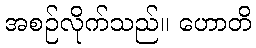
အစဉ်လိုက်သည်။ ဟောတိ